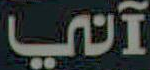
آني